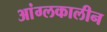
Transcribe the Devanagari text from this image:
आंग्लकालीन